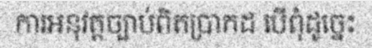
ការអនុវត្តច្បាប់ពិតប្រាកដ បើពុំដូច្នេះ